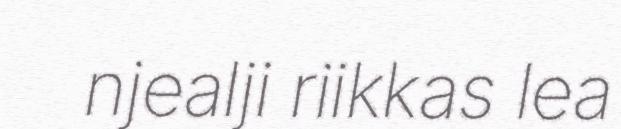
njealji riikkas lea